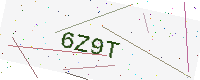
Text: 6Z9T